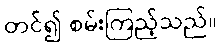
တင်၍ စမ်းကြည့်သည်။